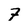
Character: 7